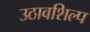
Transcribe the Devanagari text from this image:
उठावशिल्प